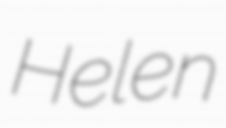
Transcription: Helen